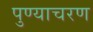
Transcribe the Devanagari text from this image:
पुण्याचरण